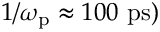
1 / \omega _ { \mathrm { p } } \approx 1 0 0 \ \mathrm { p s } )